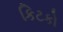
કિટકો